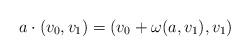
LaTeX: \begin{align*}a\cdot (v_0,v_1) = (v_0 + \omega(a,v_1), v_1)\end{align*}